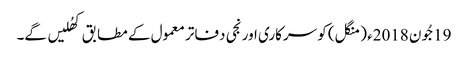
19جُون 2018ء (منگل) کو سرکاری اور نجی دفاتر معمول کے مطابق کھُلیں گے۔